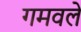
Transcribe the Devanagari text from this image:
गमवले